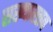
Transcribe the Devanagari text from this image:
सख्यास्तव